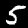
Label: 5